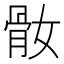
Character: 𩨚